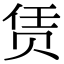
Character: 赁